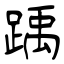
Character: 踽